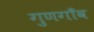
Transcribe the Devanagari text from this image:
गुणगाँव